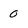
Character: 0